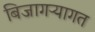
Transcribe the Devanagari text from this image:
बिजागऱ्यागत